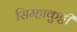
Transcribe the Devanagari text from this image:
सिम्हाकुट्टी